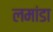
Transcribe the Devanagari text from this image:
लमांडा